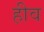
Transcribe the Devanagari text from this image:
हीव